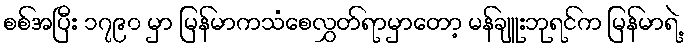
စစ်အပြီး ၁၇၉၀ မှာ မြန်မာကသံစေလွှတ်ရာမှာတော့ မန်ချူးဘုရင်က မြန်မာရဲ့